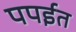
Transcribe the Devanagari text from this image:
पपईत